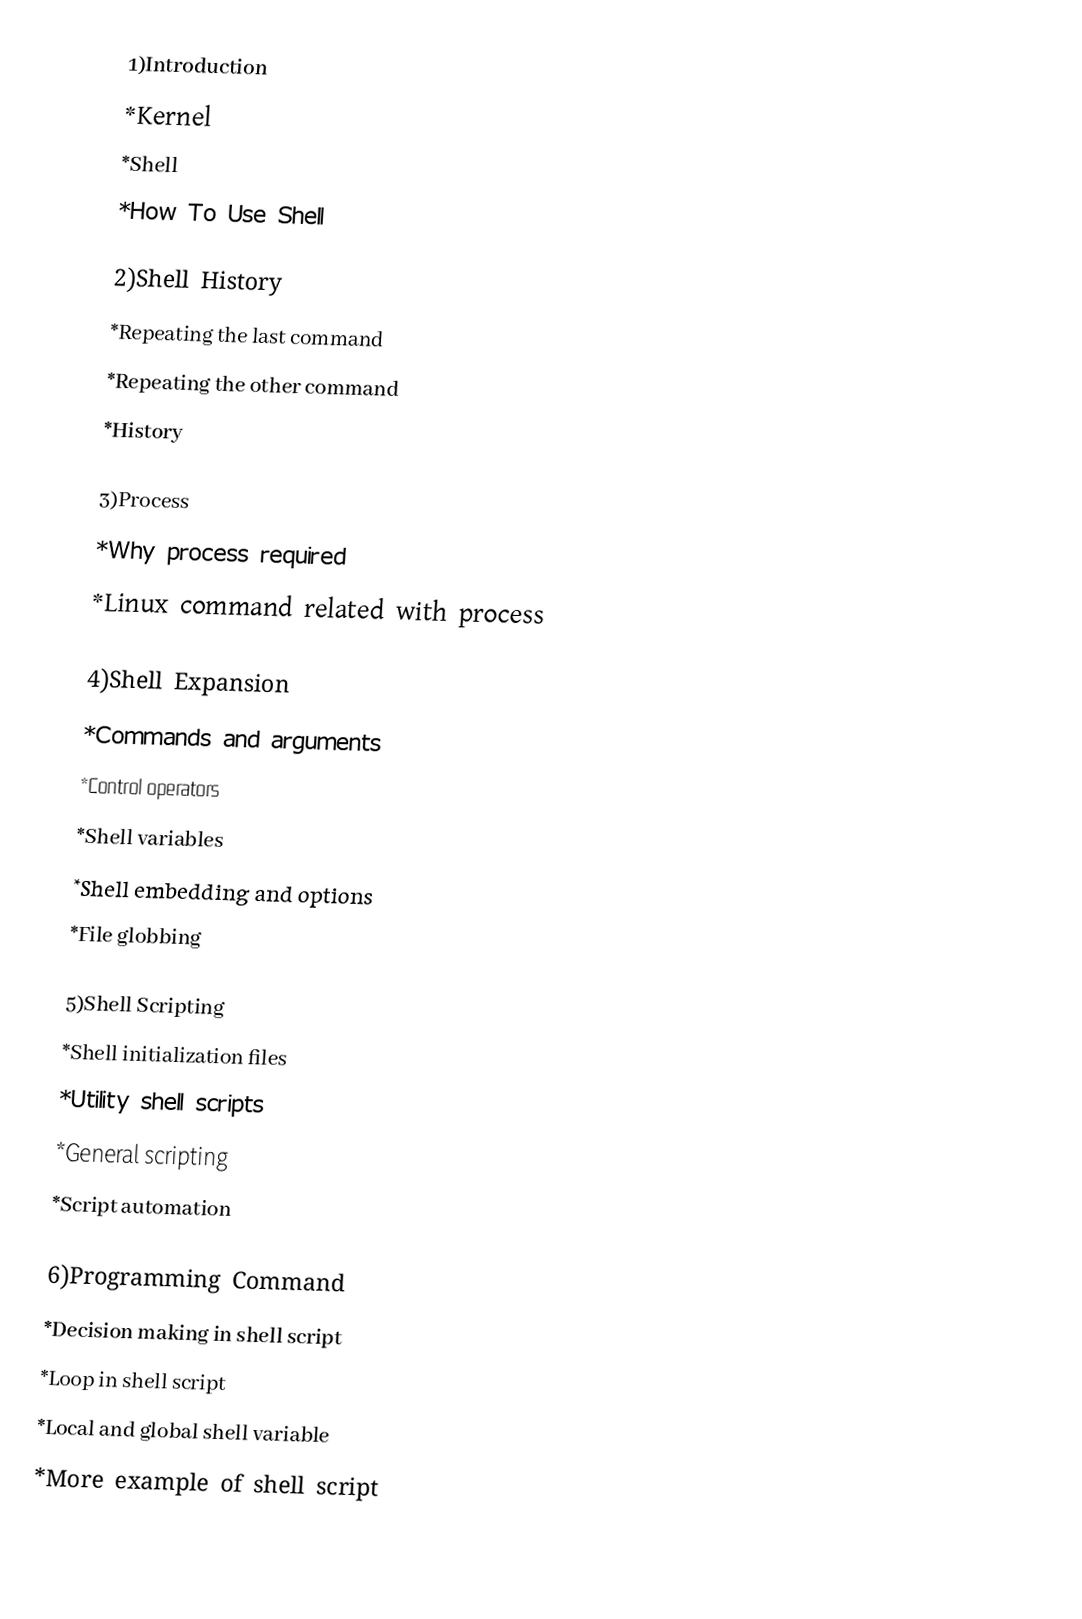
1)Introduction
 *Kernel
 *Shell
 *How To Use Shell

2)Shell History
 *Repeating the last command
 *Repeating the other command
 *History

3)Process
 *Why process required
 *Linux command related with process

4)Shell Expansion
 *Commands and arguments
 *Control operators
 *Shell variables
 *Shell embedding and options
 *File globbing

5)Shell Scripting
 *Shell initialization files
 *Utility shell scripts
 *General scripting
 *Script automation

6)Programming Command
 *Decision making in shell script
 *Loop in shell script
 *Local and global shell variable
 *More example of shell script